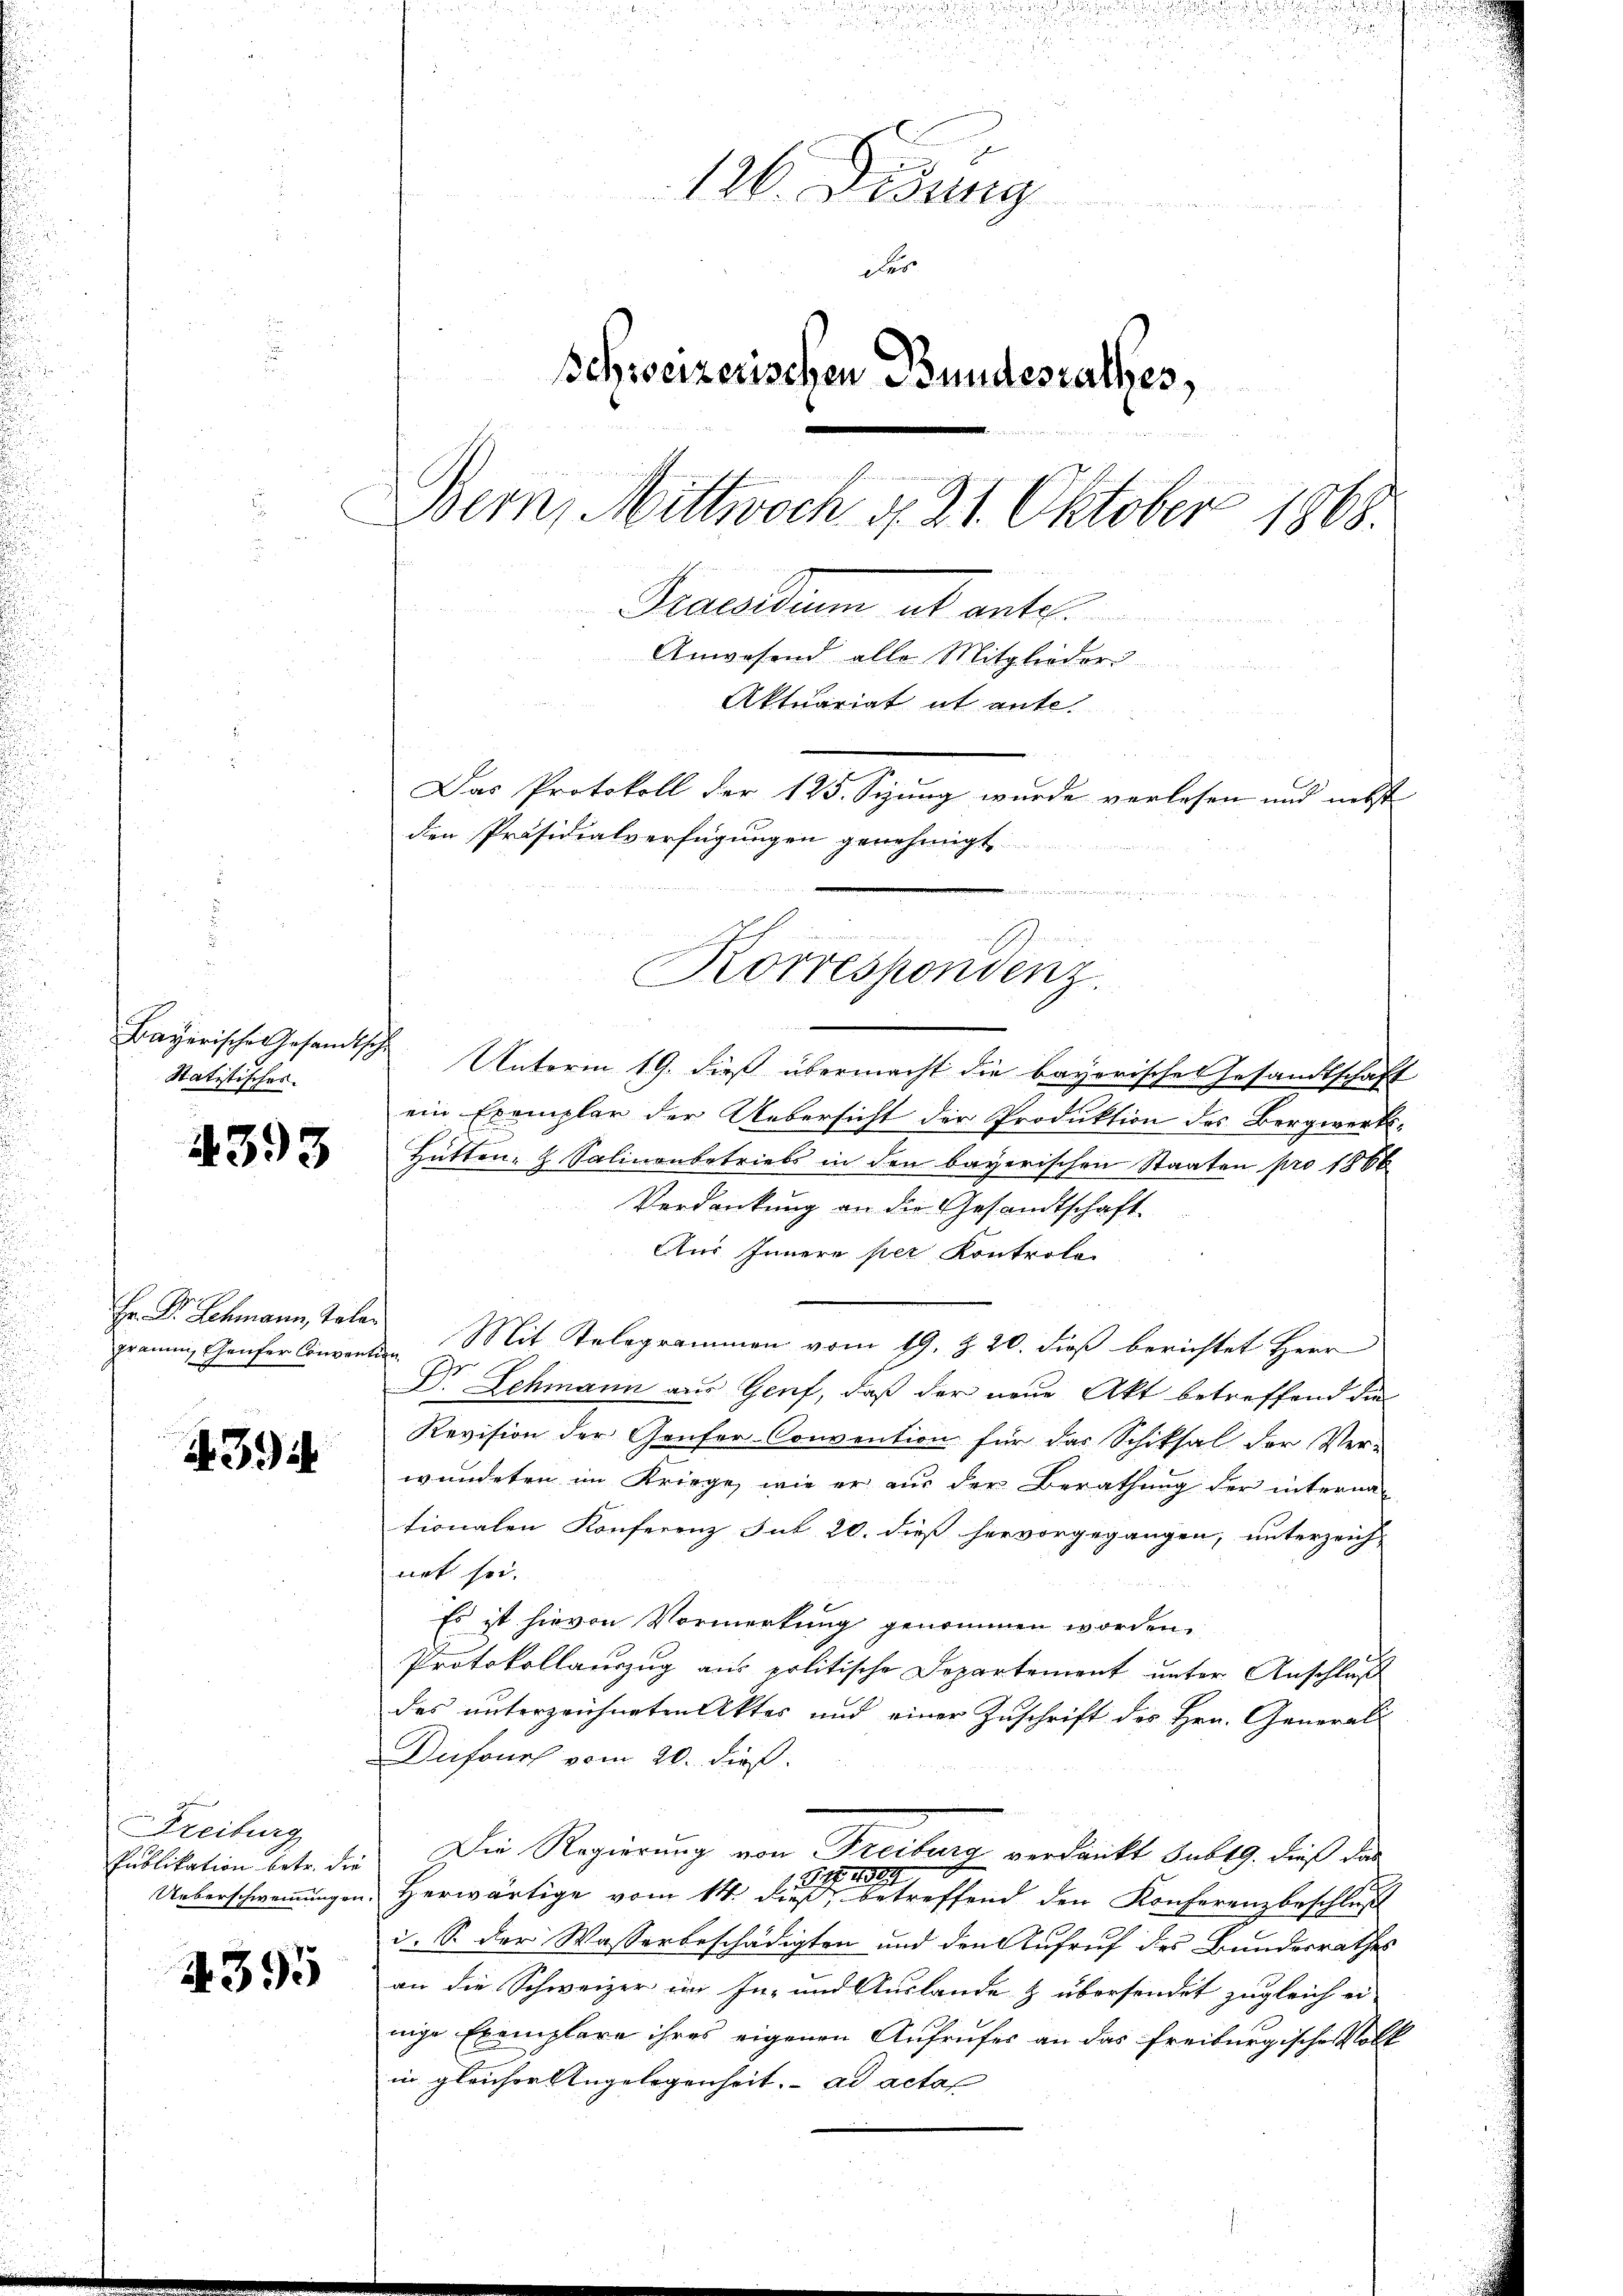
Statistisches.

4393

Hr. Dr. Schmann, Toler
Traum, Chauser Convention

439 i

Freiburg
Publikation betr. die
Ueberschweinungen

A.395

52. 55
126. Disung
der
Schweizerischen Bundesrathes,
in He
2
Bern, Mittwoch d. 21. Oktober 1868.
Praesum ab ante.
Anwesend alle Mitglieder
Aktuariat et ante-
Das Protokoll der 125. Sizung wurde verlesen und nebst
den Präsidialverfügungen genehmigt
un

u

Korrespondenz

Bayerische Gesandtsche Unterm 19. dieß übermacht die bayerische Gesandtschaft
ein Exemplar der Uebersicht der Produktion des Bergwerks-
Hütten- & Salinenbetriebs in den bayerischen Staaten pro 1866
Verdankung an die Gesandtschaft
Aus Innere per Kontrola-
Mit Telegrammen vom 19. Z. 20. dieß berichtet Herr
Dr Schmann aus Genf, daß der neue Akt betreffend die
Revision der Genfer Convention für das Schiksal der Ver-
wundeten im Kriege, wie er aus der Berathung der internationalen Konferenz sub 20. dieß hervorgegangen, unterzeich-
net sei.
Es ist hievon Vormerkung genommen worden.
Protokollauszug aus politische Departement unter Anschluß
des unterzeichneten Aktes und einer Zuschrift des Hrn. General-
Dufouch vom 20. dieß.
Die Regierung von Freiburg verdankt sub 19. dieß das
Herwärtige vom 14. der betreffend den Konferenzbeschluß
i. S. der Wasserbeschädigten und den Aufruf des Bundesrathes
an die Schweizer im In- und Auslande & übersendet zugleich ei
nige Exemplare ihres eigenen Aufrufes an das freiburgische Volk
in gleicher Angelegenheit. ad actas

c
d
u